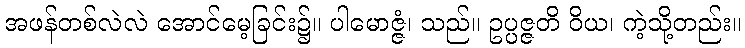
အဖန်တစ်လဲလဲ အောင်မေ့ခြင်း၌။ ပါမောဇ္ဇံ၊ သည်။ ဥပ္ပဇ္ဇတိ ဝိယ၊ ကဲ့သို့တည်း။